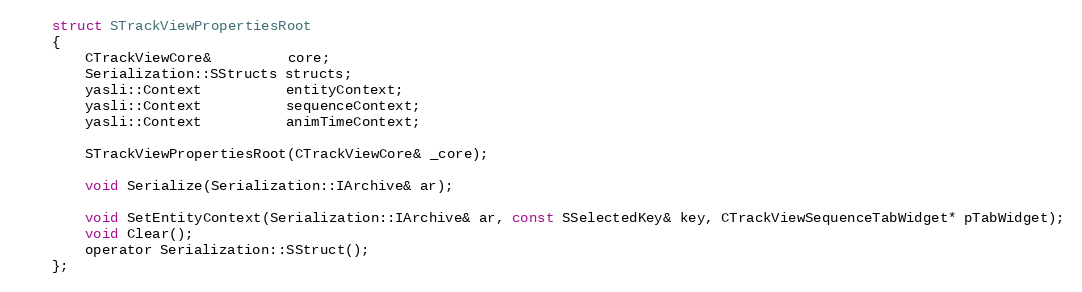
Language: C
	struct STrackViewPropertiesRoot
	{
		CTrackViewCore&         core;
		Serialization::SStructs structs;
		yasli::Context          entityContext;
		yasli::Context          sequenceContext;
		yasli::Context          animTimeContext;

		STrackViewPropertiesRoot(CTrackViewCore& _core);

		void Serialize(Serialization::IArchive& ar);

		void SetEntityContext(Serialization::IArchive& ar, const SSelectedKey& key, CTrackViewSequenceTabWidget* pTabWidget);
		void Clear();
		operator Serialization::SStruct();
	};